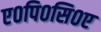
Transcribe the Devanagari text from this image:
ए०पि०सि०ए